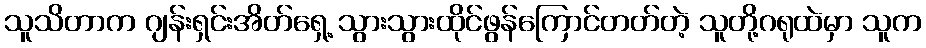
သူသိတာက ဂျန်းရှင်းအိတ်ရှေ့ သွားသွားထိုင်ဖွန်ကြောင်တတ်တဲ့ သူတို့ဂရုထဲမှာ သူက